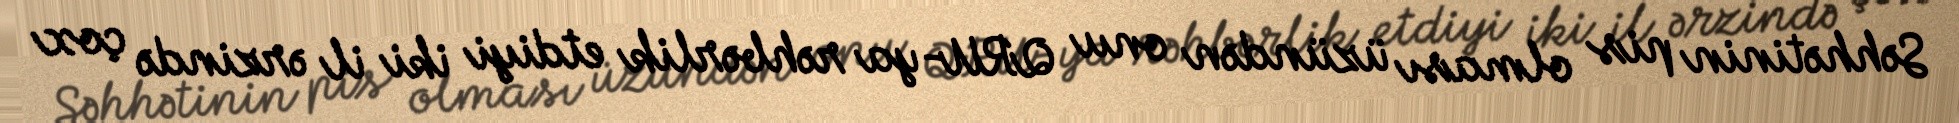
Səhhətinin pis olması üzündən onu QRU-ya rəhbərlik etdiyi iki il ərzində çox